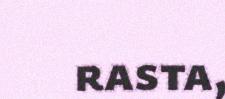
rasta,